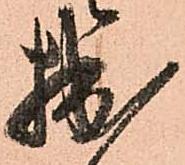
拙